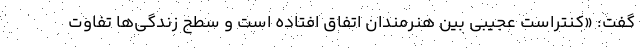
گفت: «کنتراست عجیبی بین هنرمندان اتفاق افتاده است و سطح زندگی‌ها تفاوت